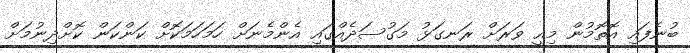
ބުނެފައި އޮތޮމުން މިއީ ވަރަށް ރަނގަޅު މަގުސަދެއްގައި އެންމެނަށް ހަމަހަމަކޮށް ކަންކަން ކޮށްދިނުމަށް